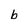
Character: b